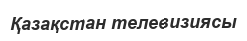
Қазақстан телевизиясы